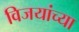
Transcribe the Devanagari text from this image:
विजयांच्या